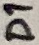
Text: D1